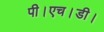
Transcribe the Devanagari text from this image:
पी।एच।डी।